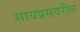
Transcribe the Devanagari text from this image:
सायप्रसवरील